Report of the Lahore Medical School Hospital
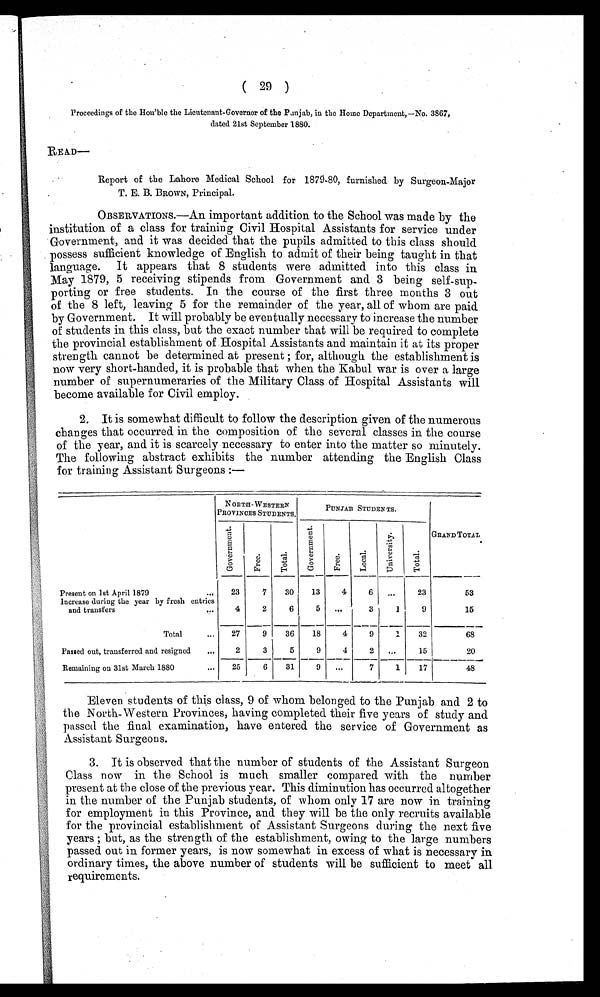
( 29 )
Proceedings of the Hon'ble the Lieutenant-Governor of the Punjab, in the Home Department,—No. 3867,
dated 21st September 1880.
READ—
Report of the Lahore Medical School for 1879-80, furnished by Surgeon-Major
T. E. B. BROWN, Principal.
OBSERVATIONS.—An important addition to the School was made by the
institution of a class for training Civil Hospital Assistants for service under
Government, and it was decided that the pupils admitted to this class should
possess sufficient knowledge of English to admit of their being taught in that
language. It appears that 8 students were admitted into this class in
May 1879, 5 receiving stipends from Government and 3 being self-sup
-porting or free students. In the course of the first three months 3 out
of the 8 left, leaving 5 for the remainder of the year, all of whom are paid
by Government. It will probably be eventually necessary to increase the number
of students in this class, but the exact number that will be required to complete
the provincial establishment of Hospital Assistants and maintain it at its proper
strength cannot be determined at present ; for, although the establishment is
now very short-handed, it is probable that when the Kabul war is over a large
number of supernumeraries of the Military Class of Hospital Assistants will
become available for Civil employ.
2. It is somewhat difficult to follow the description given of the numerous
changes that occurred in the composition of the several classes in the course
of the year, and it is scarcely necessary to enter into the matter so minutely.
The following abstract exhibits the number attending the English Class
for training Assistant Surgeons :—
NORTH- WESTERN
PROVINCES STUDENTS.
PUNJAB STUDENTS.
GRAND TOTAL.
G o v e r n m e n t .
F r e e .
T o t a l .
G o v e r n m e n t .
F r e e .
L o c a l .
U n i v e r s i t y .
T o t a l .
Present on 1st April 1879
. . . 23
7
30
13
4
6
. . .
23
53
Increase during the year by fresh entries
and transfers
. . .
4
2
6
5 ...
3
1
9
15
Total
. . . 27
9
36
18
4
9
1
32
68
Passed out, transferred and resigned
...
2
3
5
9
4
2
. . .
15
20
Remaining on 31st March 1880
...
25
6
31
9
...
7
1
17
4 8
Eleven students of this class, 9 of whom belonged to the Punjab and 2 to
the North-Western Provinces, having completed their five years of study and
passed the final examination, have entered the service of Government as
Assistant Surgeons.
3. It is observed that the number of students of the Assistant Surgeon
Class now in the School is much smaller compared with the number
present at the close of the previous year. This diminution has occurred altogether
in the number of the Punjab students, of whom only 17 are now in training
for employment in this Province, and they will be the only recruits available
for the provincial establishment of Assistant Surgeons during the next five
years ; but, as the strength of the establishment, owing to the large numbers
passed out in former years, is now somewhat in excess of what is necessary in
ordinary times, the above number of students will be sufficient to meet all
requirements.